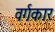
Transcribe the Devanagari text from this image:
वर्गकार